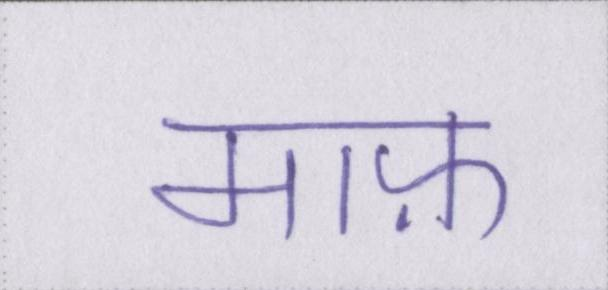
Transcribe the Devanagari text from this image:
माफ़